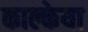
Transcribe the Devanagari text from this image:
काल्केया